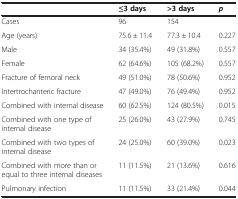
<table><thead><tr><td><b> </b></td><td><b>≤3 days</b></td><td><b>&gt;3 days</b></td><td><b><i>p</i></b></td></tr></thead><tbody><tr><td>Cases</td><td>96</td><td>154</td><td> </td></tr><tr><td>Age (years)</td><td>75.6 ± 11.4</td><td>77.3 ± 10.4</td><td>0.227</td></tr><tr><td>Male</td><td>34 (35.4%)</td><td>49 (31.8%)</td><td>0.557</td></tr><tr><td>Female</td><td>62 (64.6%)</td><td>105 (68.2%)</td><td>0.557</td></tr><tr><td>Fracture of femoral neck</td><td>49 (51.0%)</td><td>78 (50.6%)</td><td>0.952</td></tr><tr><td>Intertrochanteric fracture</td><td>47 (49.0%)</td><td>76 (49.4%)</td><td>0.952</td></tr><tr><td>Combined with internal disease</td><td>60 (62.5%)</td><td>124 (80.5%)</td><td>0.015</td></tr><tr><td>Combined with one type of internal disease</td><td>25 (26.0%)</td><td>43 (27.9%)</td><td>0.745</td></tr><tr><td>Combined with two types of internal disease</td><td>24 (25.0%)</td><td>60 (39.0%)</td><td>0.023</td></tr><tr><td>Combined with more than or equal to three internal diseases</td><td>11 (11.5%)</td><td>21 (13.6%)</td><td>0.616</td></tr><tr><td>Pulmonary infection</td><td>11 (11.5%)</td><td>33 (21.4%)</td><td>0.044</td></tr></tbody></table>